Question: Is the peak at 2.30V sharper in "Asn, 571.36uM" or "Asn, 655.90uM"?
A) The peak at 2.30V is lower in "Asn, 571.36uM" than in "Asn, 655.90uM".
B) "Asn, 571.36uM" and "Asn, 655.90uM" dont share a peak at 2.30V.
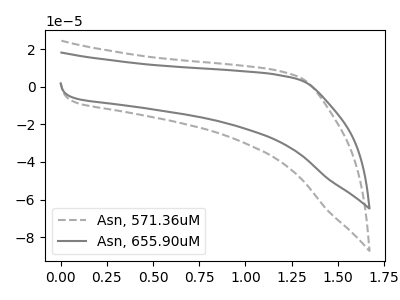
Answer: <think>The gray dashed curve "Asn, 571.36uM" has no peaks. The gray curve "Asn, 655.90uM" has no peaks.</think>
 <answer>B) "Asn, 571.36uM" and "Asn, 655.90uM" dont share a peak at 2.30V.</answer>
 <eval>B</eval>